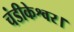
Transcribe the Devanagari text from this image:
चंडीकेश्वर।